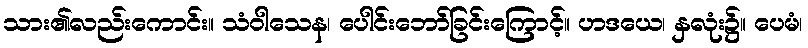
သား၏လည်းကောင်း။ သံဝါသေန၊ ပေါင်းဘော်ခြင်းကြောင့်။ ဟဒယေ၊ နှလုံး၌။ ပေမံ၊